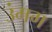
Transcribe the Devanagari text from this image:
उंमग